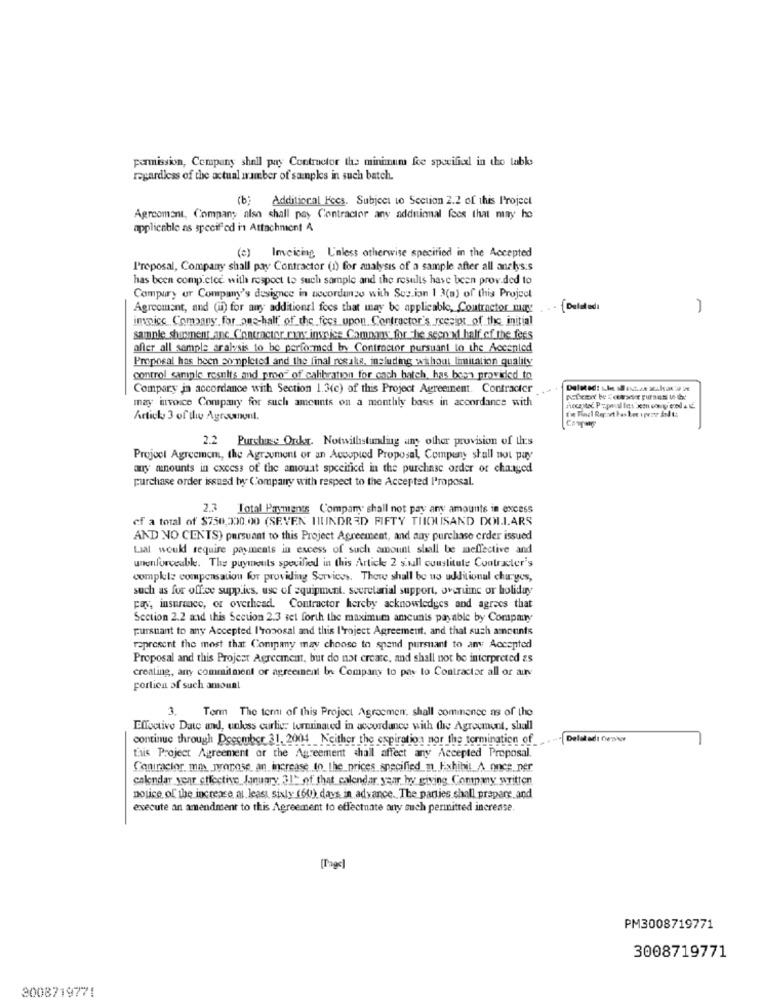
permission, Company shall pay Contractor the minimum fee specified in the table
regardless of the actual number of samples in such batch.
(b:
Additional Fees. Subject to Section 2.2 of this Project
Agrcoment, Company also shall pay Contractor any adduinnal fees that may he
applicable as specified in Attachment 4
(e) Imvcicing L'nless otherwise specified in the Accepted
Proposal, Company shall pay Contractor (1) for analysis of a sample after all analys:s
has been comp.etec with respect to such sample and the results have been provided to
Compury or Company's designce in accordance with Sez ion 1 3(a) of this Project
Agreement, and (ii) for any additional fees that may be applicable, Contractor may
. (Dalatadı
-
imnice Company for_on-half of the fees upon Contractor's rcesiot of the initial
sanle shursment anc_Contractor rans imnice Company for the second half of the fees
after all semple aralysis to be performed by Contractor pursuant to the Accented
Pmposal has been completed and the final resale, including without limitation quality
control sample results and pmo" of calibration for cach hatch, has been provided to
Compary in accordance with Section 1.3(c) of this Project Agreeinent. Contracter
may invoice Company for such amounts on a monthly basis in accordance with
hocastec Pypaul In sem oony erod 4 1.
Article 3 of ilw Agracanont.
2.2 Purchase Ouska. Notwithstanding any other provision of Les
Project Agreemcm, the Agroument or an Acoupled Proposal, Compuny shall not pay
any anounts in excess of the amount specified in the purchase order or changed
purchase order issued by Company with respect to the Accepted Proposal.
2.3 Total Payments Company shall not pay any amountts in excess
of a total of $750,300.00 (SEVEN HUNDRED FIFTY THOUSAND DOLLARS
AND NO CENTS) pursuant to this Project Agreement, and any purchase order issued
Lial would require payments in excess of such amount shall be meffective and
unenforceable. The puymeuts specified in this Article 2 sull constitute Contracter's
complete compensation for providing Services. There shall be us additional charges,
such as for office supplies, use of equipment. secretarial support, overtime or holiday
pas, insurance, or overhead. Contractor hereby acknowledges and agrees that
Section 2.2 and this Section 2.3 set forth the maximum amcunis payable by Company
pursuant to any Accepted I'rososal and this I'roject Agreement, and that such amounts
represent the most that Company may choose to spend pursuant to any Accepted
Proposal and this Project Agreement, but do not create, and shall not be interpreted 25
creating, any commitment or agreement by Company to pay to Contractar all or arv
portion of such amount
3.
Term The terni of this Project Agreemen, shall commence as of the
Effective Date and, unless curtier terminated in accordance with the Agreement, shall
continue through December 31, 2004 Neither the expiration nor the termination of
Delaladı Cour
this Project Agreement or the Agreement shall affect any Accepted Proposal.
Contractor max propose, an increase In the_prices specified_n. F.xhibit_A_once_ner
calendar year effective January 31% of that calendar year by giving Company written
notice of the increase at least sixly (60) days in advance. The parties shall prepare, and
execute an amendment to this Agreement to effectuate any such permitted increase.
(Tage]
PM3008719771
3008719771
3008719771